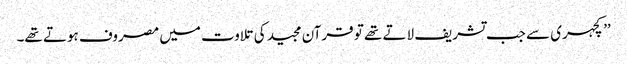
’’کچہری سے جب تشریف لاتے تھے تو قرآن مجید کی تلاوت میں مصروف ہوتے تھے۔